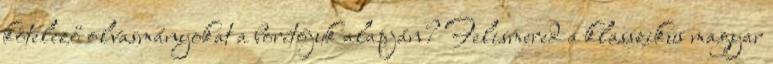
kötelező olvasmányokat a borítójuk alapján? Felismered a klasszikus magyar